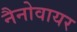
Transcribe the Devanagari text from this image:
नैनोवायर